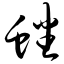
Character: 蟠